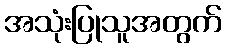
အသုံးပြုသူအတွက်